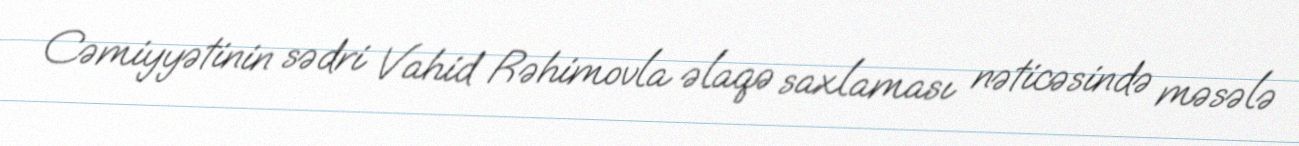
Cəmiyyətinin sədri Vahid Rəhimovla əlaqə saxlaması nəticəsində məsələ